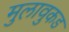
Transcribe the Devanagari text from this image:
मुलावुकड